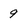
Character: 9